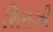
શિરાઝી